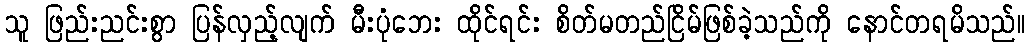
သူ ဖြည်းညင်းစွာ ပြန်လှည့်လျက် မီးပုံဘေး ထိုင်ရင်း စိတ်မတည်ငြိမ်ဖြစ်ခဲ့သည်ကို နောင်တရမိသည်။